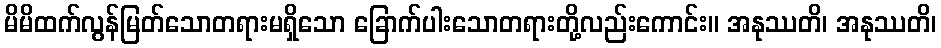
မိမိထက်လွန်မြတ်သောတရားမရှိသော ခြောက်ပါးသောတရားတို့လည်းကောင်း။ အနုဿတိ၊ အနုဿတိ၊